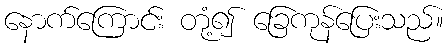
နောက်ကြောင်း တုံ့၍ ခြေကုန်ပြေးသည်။